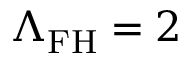
\Lambda _ { \mathrm { F H } } = 2